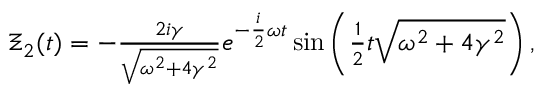
\begin{array} { r } { \Xi _ { 2 } ( t ) = - \frac { 2 i \gamma } { \sqrt { \omega ^ { 2 } + 4 \gamma ^ { 2 } } } e ^ { - \frac { i } { 2 } \omega t } \sin \left( \frac { 1 } { 2 } t \sqrt { \omega ^ { 2 } + 4 \gamma ^ { 2 } } \right) , } \end{array}